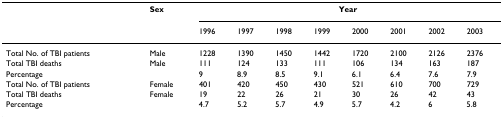
<table><thead><tr><td></td><td><b>Sex</b></td><td colspan="8"><b>Year</b></td></tr><tr><td></td><td></td><td><b>1996</b></td><td><b>1997</b></td><td><b>1998</b></td><td><b>1999</b></td><td><b>2000</b></td><td><b>2001</b></td><td><b>2002</b></td><td><b>2003</b></td></tr></thead><tbody><tr><td>Total No. of TBI patients</td><td>Male</td><td>1228</td><td>1390</td><td>1450</td><td>1442</td><td>1720</td><td>2100</td><td>2126</td><td>2376</td></tr><tr><td>Total TBI deaths</td><td>Male</td><td>111</td><td>124</td><td>133</td><td>111</td><td>106</td><td>134</td><td>163</td><td>187</td></tr><tr><td>Percentage</td><td></td><td>9</td><td>8.9</td><td>8.5</td><td>9.1</td><td>6.1</td><td>6.4</td><td>7.6</td><td>7.9</td></tr><tr><td>Total No. of TBI patients</td><td>Female</td><td>401</td><td>420</td><td>450</td><td>430</td><td>521</td><td>610</td><td>700</td><td>729</td></tr><tr><td>Total TBI deaths</td><td>Female</td><td>19</td><td>22</td><td>26</td><td>21</td><td>30</td><td>26</td><td>42</td><td>43</td></tr><tr><td>Percentage</td><td></td><td>4.7</td><td>5.2</td><td>5.7</td><td>4.9</td><td>5.7</td><td>4.2</td><td>6</td><td>5.8</td></tr></tbody></table>